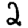
Digit: 2